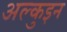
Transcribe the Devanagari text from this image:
अल्कुइन